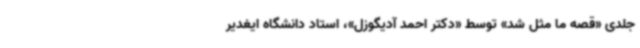
جلدی «قصه ما مثل شد» توسط «دکتر احمد آدیگوزل»، استاد دانشگاه ایغدیر